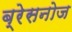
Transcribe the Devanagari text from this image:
ब्रेसनोज